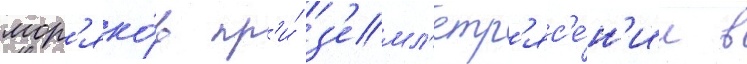
мор'яко́в пр'и́ з'емл'етр'яс'е́н'ии в